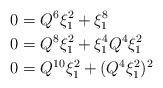
LaTeX: \begin{align*} 0 &= Q^6 \xi_1^2 + \xi_1^8\\ 0 &= Q^8 \xi_1^2 + \xi_1^4 Q^4 \xi_1^2\\ 0 &= Q^{10} \xi_1^2 + (Q^4 \xi_1^2)^2 \end{align*}